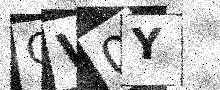
Text: QV0Y